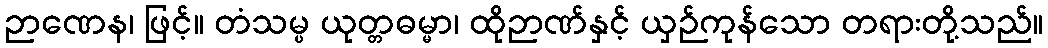
ဉာဏေန၊ ဖြင့်။ တံသမ္ပ ယုတ္တဓမ္မာ၊ ထိုဉာဏ်နှင့် ယှဉ်ကုန်သော တရားတို့သည်။